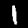
Label: 1